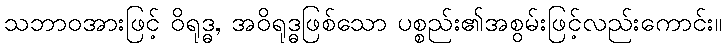
သဘာဝအားဖြင့် ဝိရုဒ္ဓ, အဝိရုဒ္ဓဖြစ်သော ပစ္စည်း၏အစွမ်းဖြင့်လည်းကောင်း။